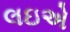
લઇએ